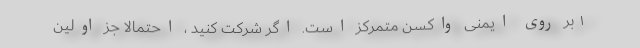
۱ بر روی ایمنی واکسن متمرکز است. اگر شرکت کنید ، احتمالاً جز اولین